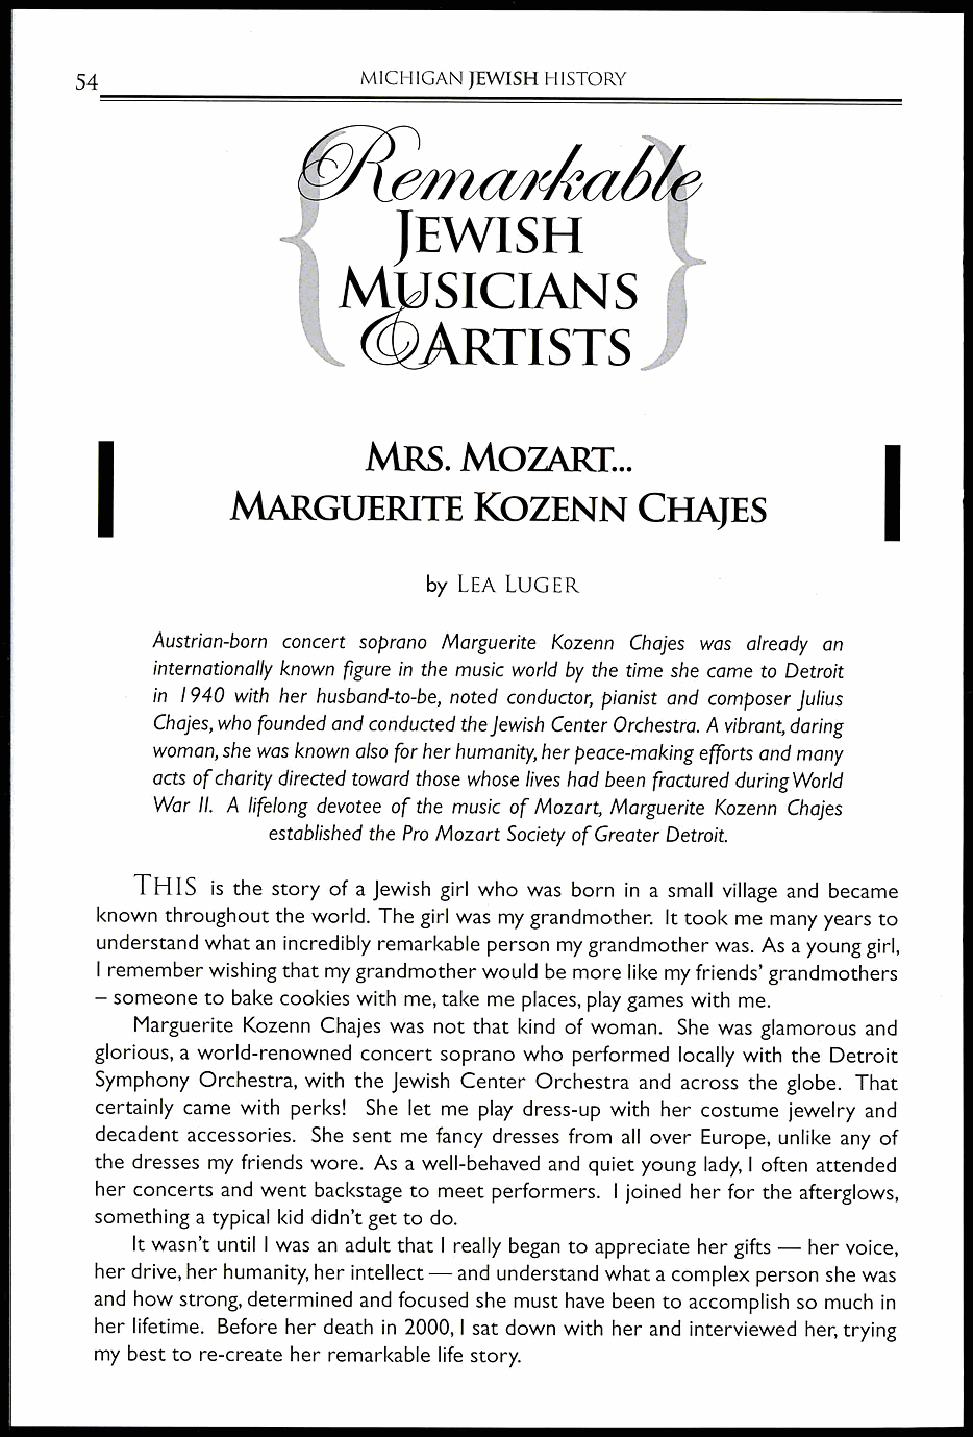
54                 MICHIGAN JEWISH HISTORY
 cirica
 JEWISH
 M.
 ROANS
 6/1    TISTS,1
 MRS.  MOZART...
 MARGUERITE      KOZENN     CHAJES
 by LEA LUGER
 Austrian-born concert soprano Marguerite Kozenn Chajes was already an
 internationally known figure in the music world by the time she came to Detroit
 in 1940 with her husband-to-be, noted conductor, pianist and composer Julius
 Chajes, who founded and conducted the Jewish Center Orchestra. A vibrant, daring
 woman, she was known also for her humanity, her peace-making efforts and many
 acts ofcharity directed toward those whose lives had been fractured during World
 War II. A lifelong devotee of the music of Mozart, Marguerite Kozenn Chajes
 established the Pro Mozart Society of Greater Detroit.
 THIS is the story of a Jewish girl who was born in a small village and became
 known throughout the world. The girl was my grandmother. It took me many years to
 understand what an incredibly remarkable person my grandmother was. As a young girl,
 I remember wishing that my grandmother would be more like my friends' grandmothers
 — someone to bake cookies with me, take me places, play games with me.
 Marguerite Kozenn Chajes was not that kind of woman. She was glamorous and
 glorious, a world-renowned concert soprano who performed locally with the Detroit
 Symphony Orchestra, with the Jewish Center Orchestra and across the globe. That
 certainly came with perks! She let me play dress-up with her costume jewelry and
 decadent accessories. She sent me fancy dresses from all over Europe, unlike any of
 the dresses my friends wore. As a well-behaved and quiet young lady, I often attended
 her concerts and went backstage to meet performers. I joined her for the afterglows,
 something a typical kid didn't get to do.
 It wasn't until I was an adult that I really began to appreciate her gifts — her voice,
 her drive, her humanity, her intellect — and understand what a complex person she was
 and how strong, determined and focused she must have been to accomplish so much in
 her lifetime. Before her death in 2000, I sat down with her and interviewed her, trying
 my best to re-create her remarkable life story.